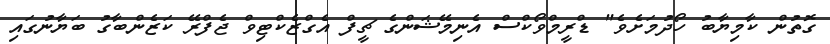
ގޮތުން ކާމިޔާބު ހޯދުމަށެވެ" ޑްރީމްވޯކްސް އެނިމޭޝަންގެ ޗީފް އެގްޒެކްޓިވް ޖެފްރޭ ކަޒެންބާގު ބަޔާނުގައި